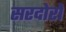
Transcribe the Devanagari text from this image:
सरदोरों